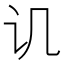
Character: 讥